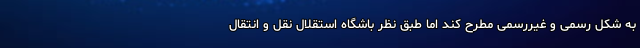
به شکل رسمی و غیررسمی مطرح کند اما طبق نظر باشگاه استقلال نقل و انتقال